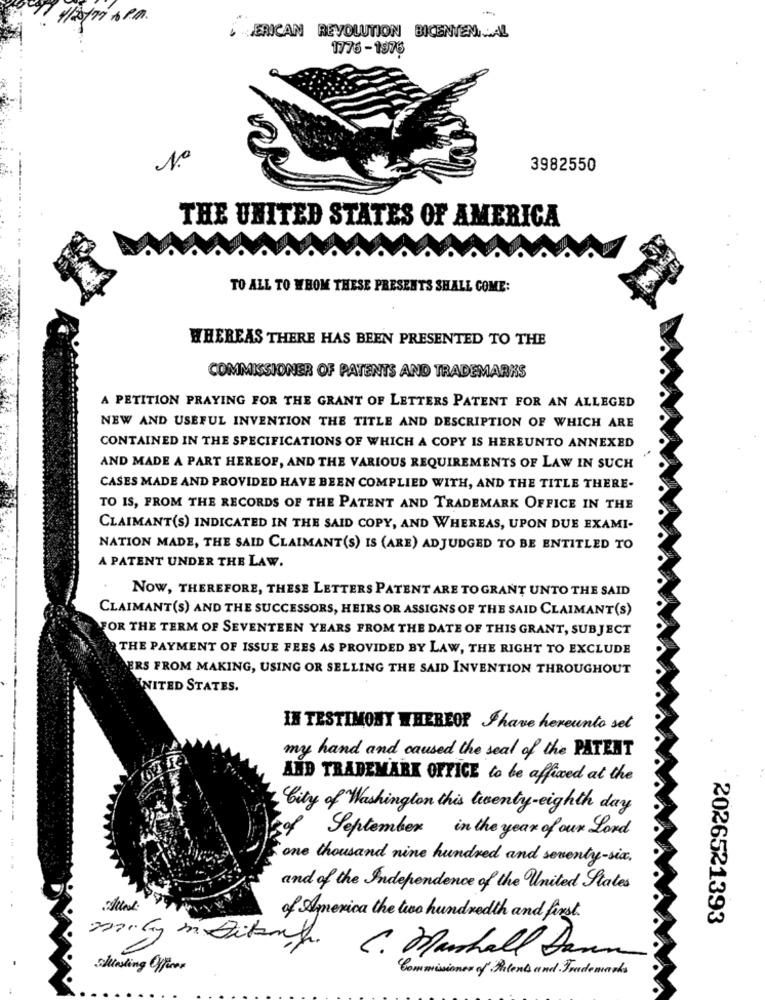
20/77 6 PM.
ERICAN REVOLUTION BICENTEN ... AL
1776 -1976
N.º
3982550
THE UNITED STATES OF AMERICA
TO ALL TO WHOM THESE PRESENTS SHALL COME:
WHEREAS THERE HAS BEEN PRESENTED TO THE
COMMISSIONER OF PATENTS AND TRADEMARKS
A PETITION PRAYING FOR THE GRANT OF LETTERS PATENT FOR AN ALLEGED
NEW AND USEFUL INVENTION THE TITLE AND DESCRIPTION OF WHICH ARE
CONTAINED IN THE SPECIFICATIONS OF WHICH A COPY IS HEREUNTO ANNEXED
AND MADE A PART HEREOF, AND THE VARIOUS REQUIREMENTS OF LAW IN SUCH
CASES MADE AND PROVIDED HAVE BEEN COMPLIED WITH, AND THE TITLE THERE-
TO IS, FROM THE RECORDS OF THE PATENT AND TRADEMARK OFFICE IN THE
CLAIMANT(S) INDICATED IN THE SAID COPY, AND WHEREAS, UPON DUE EXAMI-
NATION MADE, THE SAID CLAIMANT(S) IS (ARE) ADJUDGED TO BE ENTITLED TO
A PATENT UNDER THE LAW.
NOW, THEREFORE, THESE LETTERS PATENT ARE TO GRANT UNTO THE SAID
CLAIMANT(S) AND THE SUCCESSORS, HEIRS OR ASSIGNS OF THE SAID CLAIMANT(S)
FOR THE TERM OF SEVENTEEN YEARS FROM THE DATE OF THIS GRANT, SUBJECT
THE PAYMENT OF ISSUE FEES AS PROVIDED BY LAW, THE RIGHT TO EXCLUDE
ERS FROM MAKING, USING OR SELLING THE SAID INVENTION THROUGHOUT
UNITED STATES.
IN TESTIMONY WHEREOR Fhave hereunto sel
my hand and caused the seal of the PATENT
AND TRADEMARK OFFICE to be affixed at the
City of Washington this leventy-eighth day
September in the year of our Lord
one thousand nine hundred and seventy-sia,
and of the Independence of the United States
of America the two hundredth and first.
2026521393
6. Munhall Dann
lasting Officer
Commissioner of Helens and Trademarks